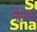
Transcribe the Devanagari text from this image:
नैराश्‍य